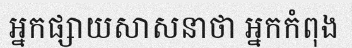
អ្នកផ្សាយសាសនាថា អ្នកកំពុង